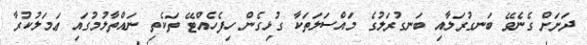
ދަށަށް ގެނެވޭ ބަނގުރަލާއި ބަނގުރަލުގެ މައްސަލަތަކާ ގުޅިގެން ހިފެހެއްޓޭ ތަކެތި ނައްތާލުމުގައި ޢަމަލުކުރާ